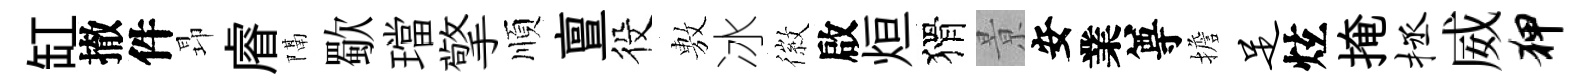
缸撤件昻𥈠隔歜璫擎順亶役𢾾冰徽啟烜猾㬌安業尊擔足炫掩拯威狎